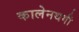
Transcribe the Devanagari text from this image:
कालेनथगी